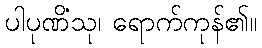
ပါပုဏိံသု၊ ရောက်ကုန်၏။